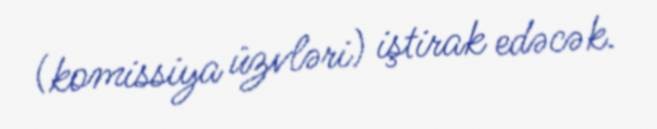
(komissiya üzvləri) iştirak edəcək.